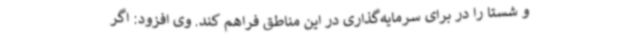
و شستا را در برای سرمایه‌گذاری در این مناطق فراهم کند. وی افزود: اگر